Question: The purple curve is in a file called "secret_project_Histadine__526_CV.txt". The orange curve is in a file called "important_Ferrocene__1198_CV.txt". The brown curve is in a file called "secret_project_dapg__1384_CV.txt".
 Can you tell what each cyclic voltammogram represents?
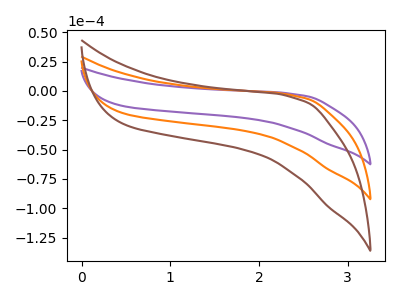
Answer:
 <answer>The purple curve is labeled "Histadine". The orange curve is labeled "Ferrocene". The brown curve is labeled "dapg".</answer>
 <eval></eval>